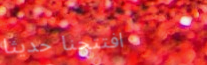
افتتحنا حديثاً